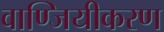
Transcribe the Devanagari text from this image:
वाण्जियीकरण